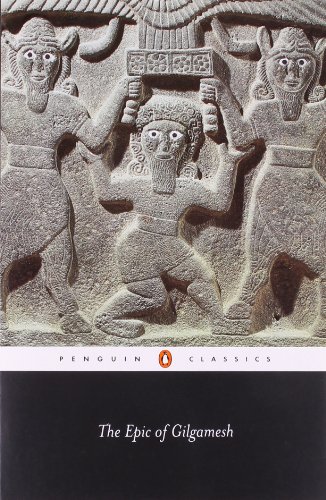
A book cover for The Epic of Gilgamesh; Anonymous; Literature & Fiction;